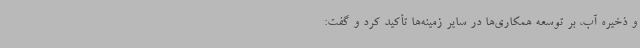
و ذخیره آب، بر توسعه همکاری‌ها در سایر زمینه‌ها تأکید کرد و گفت: